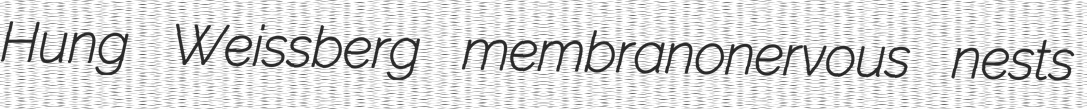
Hung Weissberg membranonervous nests